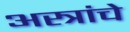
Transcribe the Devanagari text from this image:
अस्त्रांचे